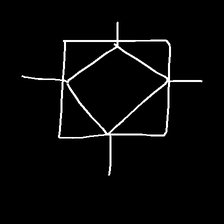
Glyph: light